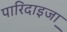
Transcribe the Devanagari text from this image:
पारिदाइजा़